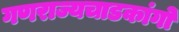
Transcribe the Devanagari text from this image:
गणराज्यचाडकांगो